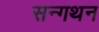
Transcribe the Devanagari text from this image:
सन्गथन